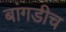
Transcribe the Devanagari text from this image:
बांगडीच